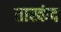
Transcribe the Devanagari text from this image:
तास्कंद